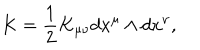
K = \frac { 1 } { 2 } K _ { \mu \nu } d x ^ { \mu } \wedge d x ^ { \nu } ,